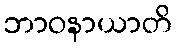
ဘာဝနာယာတိ